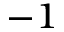
^ { - 1 }